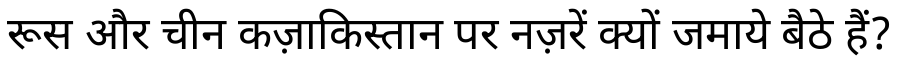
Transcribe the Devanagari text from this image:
रूस और चीन कज़ाकिस्तान पर नज़रें क्यों जमाये बैठे हैं?